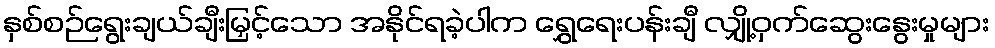
နှစ်စဉ်ရွေးချယ်ချီးမြှင့်သော အနိုင်ရခဲ့ပါက ရွှေရေးပန်းချီ လျှို့ဝှက်ဆွေးနွေးမှုများ